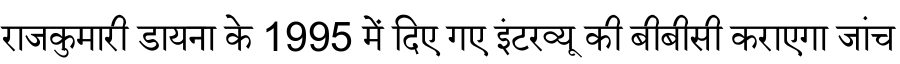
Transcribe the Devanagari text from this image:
राजकुमारी डायना के 1995 में दिए गए इंटरव्यू की बीबीसी कराएगा जांच